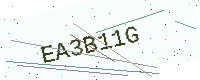
Text: EA3B11G